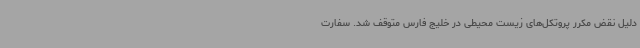
دلیل نقض مکرر پروتکل‌های زیست‌ محیطی در خلیج فارس متوقف شد. سفارت